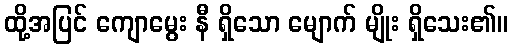
ထို့အပြင် ကျောမွေး နီ ရှိသော မျောက် မျိုး ရှိသေး၏။